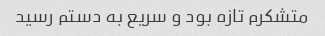
متشکرم تازه بود و سریع به دستم رسید